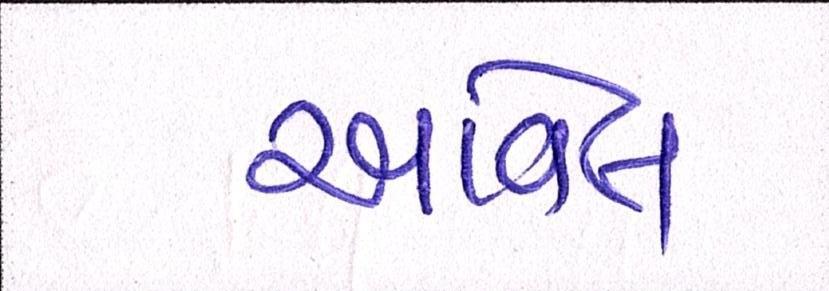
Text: આવેલ